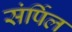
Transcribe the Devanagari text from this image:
संर्पिल